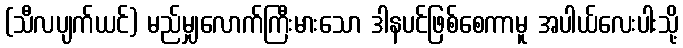
(သီလပျက်ယင်) မည်မျှလောက်ကြီးမားသော ဒါနပင်ဖြစ်စေကာမူ အပါယ်လေးပါးသို့